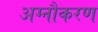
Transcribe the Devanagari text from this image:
अग्नौकरण